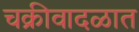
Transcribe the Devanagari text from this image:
चक्रीवादळात